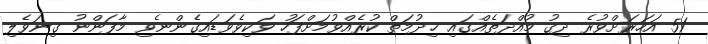
51 އަހަރަށްވުރެ ދިގު މުއްދަތެއްގައި ޚިދުމަތް ކުރެއްވުމަށްފަހު ވަކިވެވަޑައިގެންނެވި މާފަންނު ގިނަވެލި